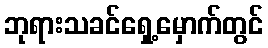
ဘုရားသခင်ရှေ့မှောက်တွင်